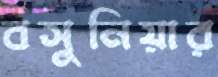
বসুনিয়ার